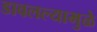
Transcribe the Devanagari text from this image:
डावलल्यामुळे